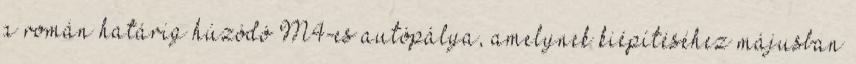
a román határig húzódó M4-es autópálya, amelynek kiépítéséhez májusban